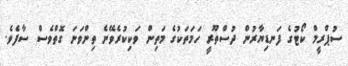
ސުޕްރީމް ކޯޓުގެ ފަނޑިޔާރުން ދުސްތޫރީ ހަމަތަކުގެ މަތިން ވަކިކުރެވޭނެ ތިންވަނަ ގޮތްވެސް ސާފެވެ.